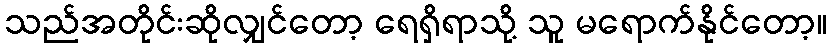
သည်အတိုင်းဆိုလျှင်တော့ ရေရှိရာသို့ သူ မရောက်နိုင်တော့။